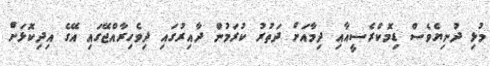
މުޅި ދުނިޔެވެސް ޑިމޮކްރެސީއާއި ދިމާއަށް ދަތުރު ކުރަމުން ދާއިރުގައި ދިވެހިރާއްޖޭގައި އޭގެ އިދިކޮޅަށް